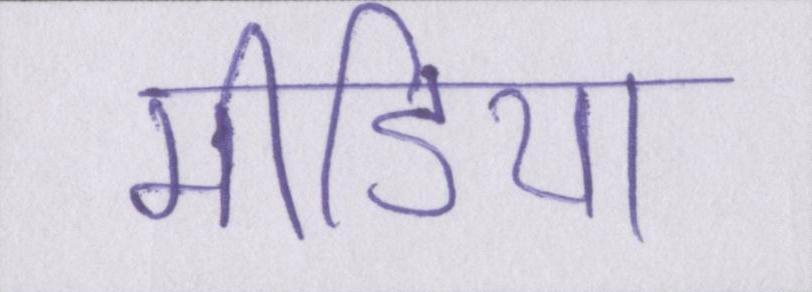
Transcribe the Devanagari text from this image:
मीडिया